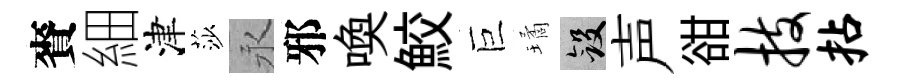
賚細津莎永邪喚鮫巨璚斂声𧮳技拈